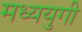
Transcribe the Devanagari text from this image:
मध्ययुगी